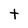
Character: t